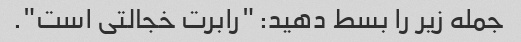
جمله زیر را بسط دهید: "رابرت خجالتی است".